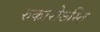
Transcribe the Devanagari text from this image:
रुकारोऽस्ति